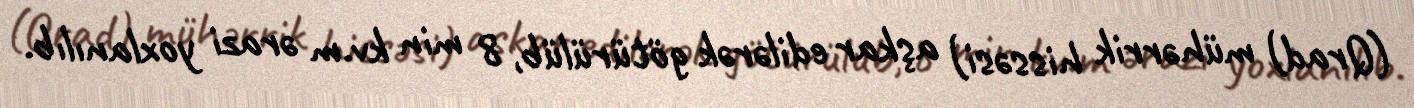
(Qrad) mühərrik hissəsi) aşkar edilərək götürülüb, 8 min kv.m ərazi yoxlanılıb.